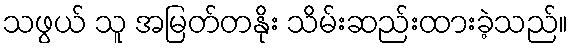
သဖွယ် သူ အမြတ်တနိုး သိမ်းဆည်းထားခဲ့သည်။